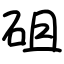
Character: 砠